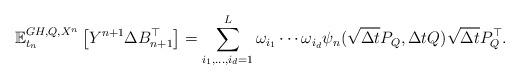
LaTeX: \begin{align*}\mathbb{E}_{t_{n}}^{GH,Q,X^{n}}\left[ Y^{n+1}\Delta B_{n+1}^{\top}\right]=\sum_{i_{1},\ldots,i_{d}=1}^{L}\omega_{i_{1}}\cdots \omega_{i_{d}}\psi_{n}(\sqrt{\Delta t}P_{Q},\Delta tQ)\sqrt{\Delta t}P_{Q}^{\top}. \end{align*}